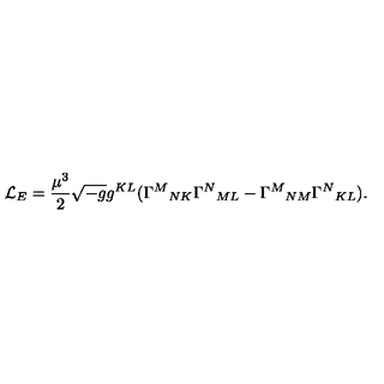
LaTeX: { \cal L } _ { E } = \frac { \mu ^ { 3 } } { 2 } \sqrt { - g } g ^ { K L } ( \Gamma ^ { M } { } _ { N K } \Gamma ^ { N } { } _ { M L } - \Gamma ^ { M } { } _ { N M } \Gamma ^ { N } { } _ { K L } ) .